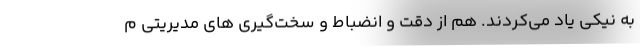
به نیکی یاد می‌کردند. هم از دقت و انضباط و سخت‌گیری های مدیریتی م